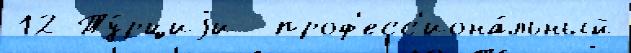
12 Ту́рциjи  проф'есс'иона́льный